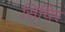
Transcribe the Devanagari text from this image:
सिधिर